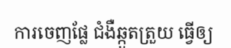
ការចេញផ្លែ ជំងឺឆ្កួតត្រួយ ធ្វើឲ្យ